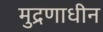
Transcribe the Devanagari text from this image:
मुद्रणाधीन